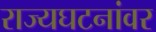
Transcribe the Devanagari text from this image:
राज्यघटनांवर